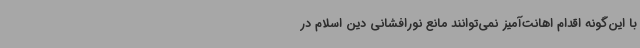
با این‌گونه اقدام اهانت‌آمیز نمی‌توانند مانع نورافشانی دین اسلام در